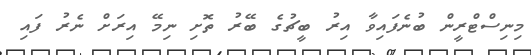
މިނިސްޓްރީން ބުނެފައިވާ އިރު ބީޗުގެ ބޭރު ތޮށި ނިމޭ އިރަަށް ނެރު ފައި